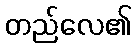
တည်လေ၏